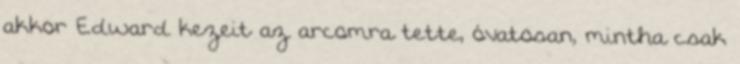
akkor Edward kezeit az arcomra tette, óvatosan, mintha csak